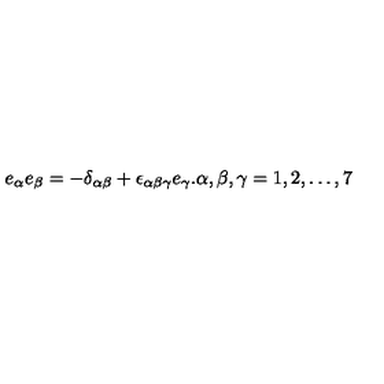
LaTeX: e _ { \alpha } e _ { \beta } = - \delta _ { \alpha \beta } + \epsilon _ { \alpha \beta \gamma } e _ { \gamma } . \alpha , \beta , \gamma = 1 , 2 , \ldots , 7